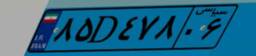
۴۶D۳۴۸۱۴